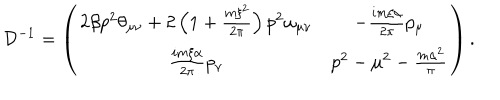
LaTeX: { \cal D } ^ { - 1 } = \left( \begin{array} { c c } { { 2 \beta p ^ { 2 } \theta _ { \mu \nu } + 2 \left( 1 + \frac { m \xi ^ { 2 } } { 2 \pi } \right) p ^ { 2 } \omega _ { \mu \nu } } } & { { - \frac { i m \xi \alpha } { 2 \pi } p _ { \mu } } } \\ { { \frac { i m \xi \alpha } { 2 \pi } p _ { \nu } } } & { { p ^ { 2 } - \mu ^ { 2 } - \frac { m \alpha ^ { 2 } } { \pi } } } \\ \end{array} \right) .